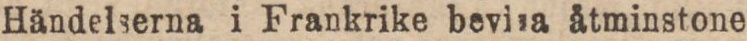
Händelserna i Frankrike bevisa åtminstone